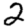
Digit: 2